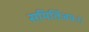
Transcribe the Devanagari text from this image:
समितिंजयः।।